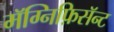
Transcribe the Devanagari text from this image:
मॅग्निफ़िसॅन्ट